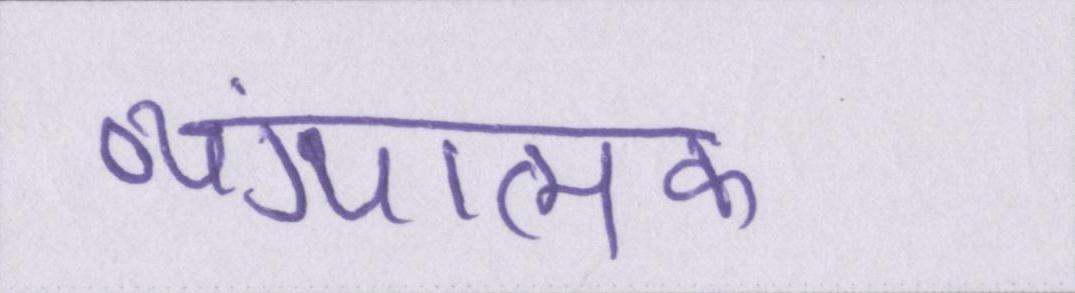
व्यंग्यात्मक